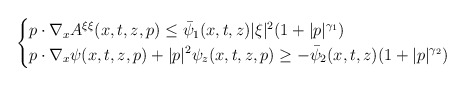
\begin{align*}\left\{ \begin{aligned} & p \cdot \nabla_x A^{\xi \xi} (x, t, z, p) \leq \bar{\psi}_1 (x, t, z) |\xi|^2 (1 + |p|^{\gamma_1}) \\ & p \cdot \nabla_x \psi (x, t, z, p) + |p|^2 \psi_z (x, t, z, p) \geq - \bar{\psi}_2 (x, t, z) (1 + |p|^{\gamma_2}) \end{aligned} \right.\end{align*}